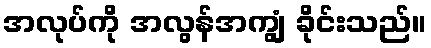
အလုပ်ကို အလွန်အကျွံ ခိုင်းသည်။